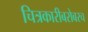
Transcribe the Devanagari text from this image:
चित्रकारीबरोबरच